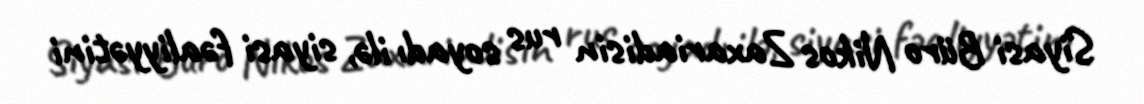
Siyasi Büro Nikos Zaxariadisin rus soyadı ilə, siyasi fəaliyyətini